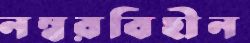
নম্বরবিহীন